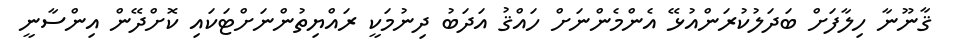
ޤާނޫނާ ހިލާފަށް ބަދަލުކުރަންއުޅޭ އެންމެންނަށް ހައްޤު އަދަބު ދިނުމަކީ ރައްޔިތުންނަށްޓަކައި ކޮށްދޭން އިންސާނީ